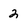
Character: 2